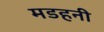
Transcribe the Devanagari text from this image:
मडहनी